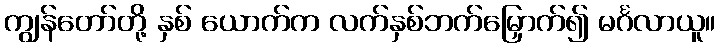
ကျွန်တော်တို့ နှစ် ယောက်က လက်နှစ်ဘက်မြှောက်၍ မင်္ဂလာယူ။